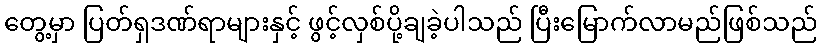
တွေ့မှာ ပြတ်ရှဒဏ်ရာများနှင့် ဖွင့်လှစ်ပို့ချခဲ့ပါသည် ပြီးမြောက်လာမည်ဖြစ်သည်